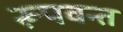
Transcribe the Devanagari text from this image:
रूपवन्त